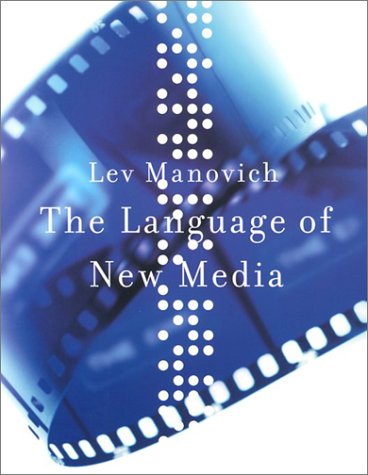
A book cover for The Language of New Media (Leonardo Books); Lev Manovich; Humor & Entertainment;